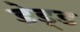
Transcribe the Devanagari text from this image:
डेड्ड